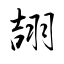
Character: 翓